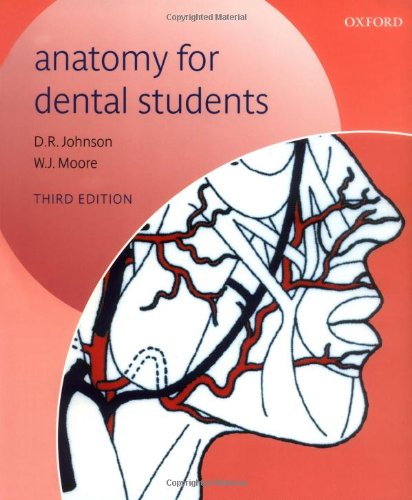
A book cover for Anatomy for Dental Students; D. R. Johnson; Medical Books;